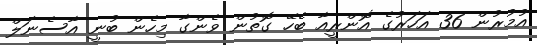
އުމުރުން 36 އަހަރުގެ އޮންރީއާ ބެހޭ ގޮތުން ވެންގާ މިހެން ބުނީ އާސެނަލް